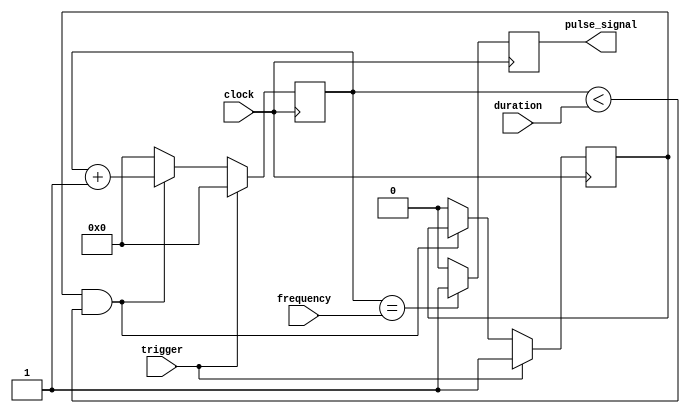
module Asynchronous_Pulse_Generator (
    input trigger,
    input clock,
    input [7:0] duration,
    input [7:0] frequency,
    output reg pulse_signal
);

reg [7:0] count;
reg sync;

always @ (posedge clock) begin
    if (trigger) begin
        count <= 0;
        sync <= 1;
    end else begin
        if (sync && count < duration) begin
            count <= count + 1;
        end else begin
            count <= 0;
            sync <= 0;
        end
    end
end

always @ (posedge clock) begin
        if (count == frequency) begin
            pulse_signal <= 1;
        end else begin
            pulse_signal <= 0;
        end
end

endmodule